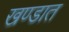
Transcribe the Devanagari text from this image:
खण्डात